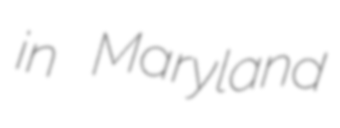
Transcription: in Maryland